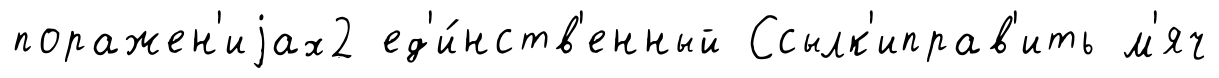
поражен'иjах2 ед'и́нств'енный Ссылк'иправ'ить м'яч